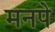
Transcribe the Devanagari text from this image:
मनपे